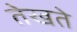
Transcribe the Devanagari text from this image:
तेखते